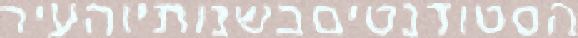
הסטודנטיםבשנותיוהעיר